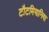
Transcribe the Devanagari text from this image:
टौटमियानिया